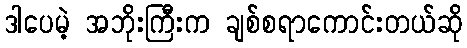
ဒါပေမဲ့ အဘိုးကြီးက ချစ်စရာကောင်းတယ်ဆို